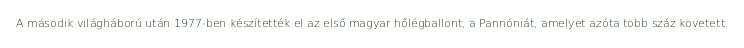
A második világháború után 1977-ben készítették el az első magyar hőlégballont, a Pannóniát, amelyet azóta több száz követett.